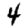
Digit: 4